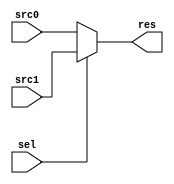

//////////////////////////////////////////////////////////////////////////////////
// Company: 
// Engineer: 
// 
// Design Name: 
// Module Name: MUX
// Project Name: 
// Target Devices: 
// Tool Versions: 
// Description: 
// 
// Dependencies: 
// 
// Revision:
// Revision 0.01 - File Created
// Additional Comments:
// 
//////////////////////////////////////////////////////////////////////////////////


module MUX #(
    parameter  WIDTH = 32
    )(
        input   [WIDTH-1:0] src0,src1,
        input   [      0:0] sel,

        output  [WIDTH-1:0] res
    );
    assign res = sel?src1:src0;
endmodule